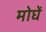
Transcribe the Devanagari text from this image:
मोघें